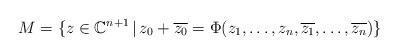
LaTeX: \begin{align*}M=\{z\in \mathbb{C}^{n+1}\,|\, z_0+\overline{z_0}=\Phi(z_1,\ldots, z_n,\overline{z_1},\ldots, \overline{z_n})\}\end{align*}